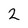
Character: 2